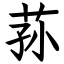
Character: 荪